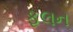
ફલન